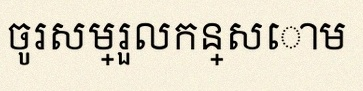
ចូរសម្រួលកន្សោម